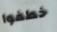
خطفوا